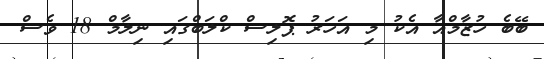
ބޭބެ ހުޒާމްއާ އެކު މި އަހަރު ޕޮލިސް ކްލަބްގައި ނިލާމް 18 ވެސް